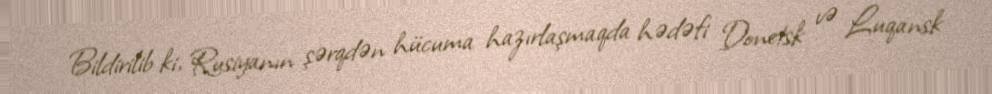
Bildirilib ki, Rusiyanın şərqdən hücuma hazırlaşmaqda hədəfi Donetsk və Luqansk